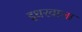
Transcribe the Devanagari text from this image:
इधरवाला